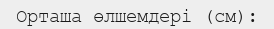
Орташа өлшемдері (см):